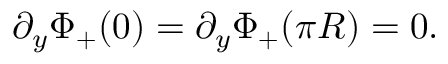
\partial _ { y } \Phi _ { + } ( 0 ) = \partial _ { y } \Phi _ { + } ( \pi R ) = 0 .